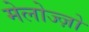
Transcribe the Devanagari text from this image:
मेलोज्ज़ो